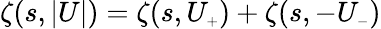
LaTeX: \zeta(s,\vert U\vert)=\zeta(s,U_{\scriptscriptstyle+})+\zeta(s,-U_{\scriptscriptstyle-})